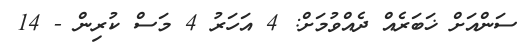
ސަންއަށް ޚަބަރެއް ދެއްވުމަށް: 4 އަހަރު 4 މަސް ކުރިން - 14